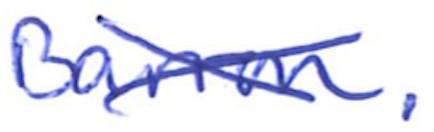
Text: Barron.
Cross-out: cross
Writing tool: ballpoint